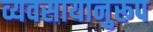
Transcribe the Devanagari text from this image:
व्यवसायानुरूप